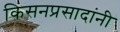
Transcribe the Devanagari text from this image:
किसनप्रसादांनी